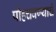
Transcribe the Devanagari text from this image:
पोहचवण्याचं